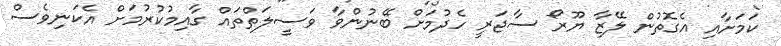
ކަމަށާއި އެގޮތުން ލޭޒާ ޔޫރޯ ސާޖަރީ ހެދުމަށް ބޭނުންވާ ވަސީލަތްތައް ގާއިމުކުރުމަށް އެކަނިވެސް